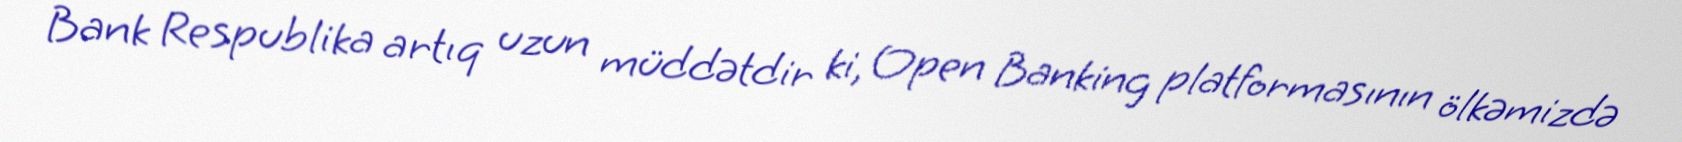
Bank Respublika artıq uzun müddətdir ki, Open Banking platformasının ölkəmizdə